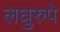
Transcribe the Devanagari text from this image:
लघुरुपे